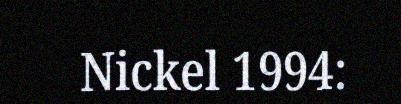
Nickel 1994: